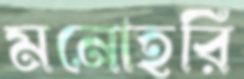
মনোহরি